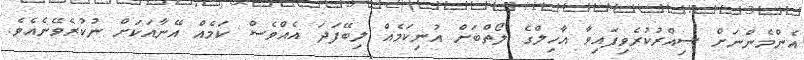
އެންމެންނަށް ސިއްރުކުރެވިފައިވާ އާހިލްގެ ލޯތްބަށް އުނިކަމެއް ލިބޭފަދަ އެއްވެސް ކަމެއް އޭނާއަކަށް ނުކުރެވޭނެއެވެ.